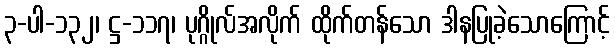
၃-ပါ-၁၃၂၊ ဋ္ဌ-၁၁၇၊ ပုဂ္ဂိုလ်အလိုက် ထိုက်တန်သော ဒါနပြုခဲ့သောကြောင့်